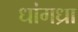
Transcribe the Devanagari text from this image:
धांगध्रा